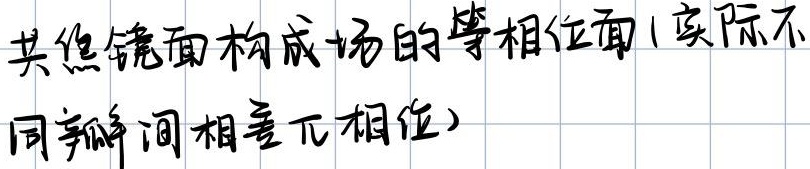
共焦镜面构成场的等相位面(实际不同瓣间相差\(\pi\)相位)